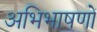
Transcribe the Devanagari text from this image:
अभिभाषणों